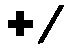
+/